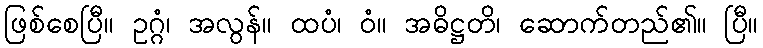
ဖြစ်စေပြီ။ ဥဂ္ဂံ၊ အလွန်။ ထပံ၊ ဝံ။ အဓိဋ္ဌတိ၊ ဆောက်တည်၏။ ပြီ။